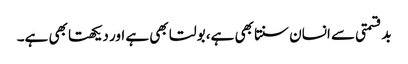
بدقسمتی سے انسان سنتا بھی ہے، بولتا بھی ہے اور دیکھتا بھی ہے۔